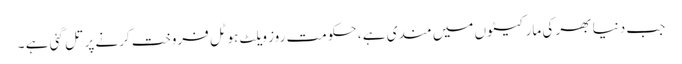
جب دنیا بھر کی مارکیٹوں میں مندی ہے ، حکومت روز ویلٹ ہوٹل فروخت کرنے پر تل گئی ہے ۔